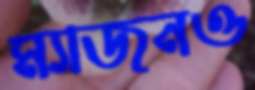
ম্যাজনও